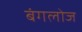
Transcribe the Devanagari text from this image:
बंगलोज